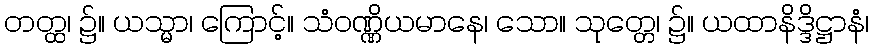
တတ္ထ၊ ၌။ ယသ္မာ၊ ကြောင့်။ သံဝဏ္ဏိယမာနေ၊ သော။ သုတ္တေ၊ ၌။ ယထာနိဒ္ဒိဋ္ဌာနံ၊